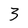
Character: 3